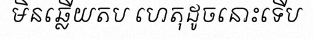
មិនឆ្លើយតប ហេតុដូចនោះទើប